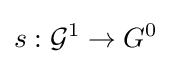
s:{\mathcal {G}}^{1}\to G^{0}